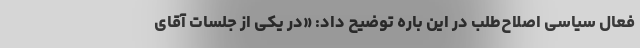
فعال سیاسی اصلاح‌طلب در این باره توضیح داد: «در یکی از جلسات آقای